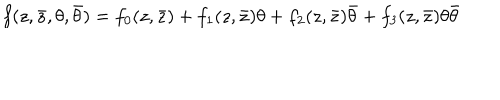
f ( z , \bar { z } , \theta , \bar { \theta } ) = f _ { 0 } ( z , \bar { z } ) + f _ { 1 } ( z , \bar { z } ) \theta + f _ { 2 } ( z , \bar { z } ) \bar { \theta } + f _ { 3 } ( z , \bar { z } ) \theta \bar { \theta }